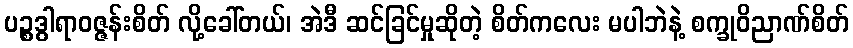
ပဉ္စဒွါရာဝဇ္ဇန်းစိတ် လို့ခေါ်တယ်၊ အဲဒီ ဆင်ခြင်မှုဆိုတဲ့ စိတ်ကလေး မပါဘဲနဲ့ စက္ခုဝိညာဏ်စိတ်